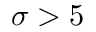
\sigma > 5